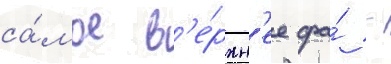
са́мое в'е́рхн'ее фа́ -